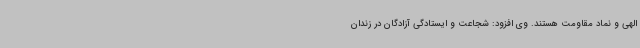
الهی و نماد مقاومت هستند. وی افزود: شجاعت و ایستادگی آزادگان در زندان